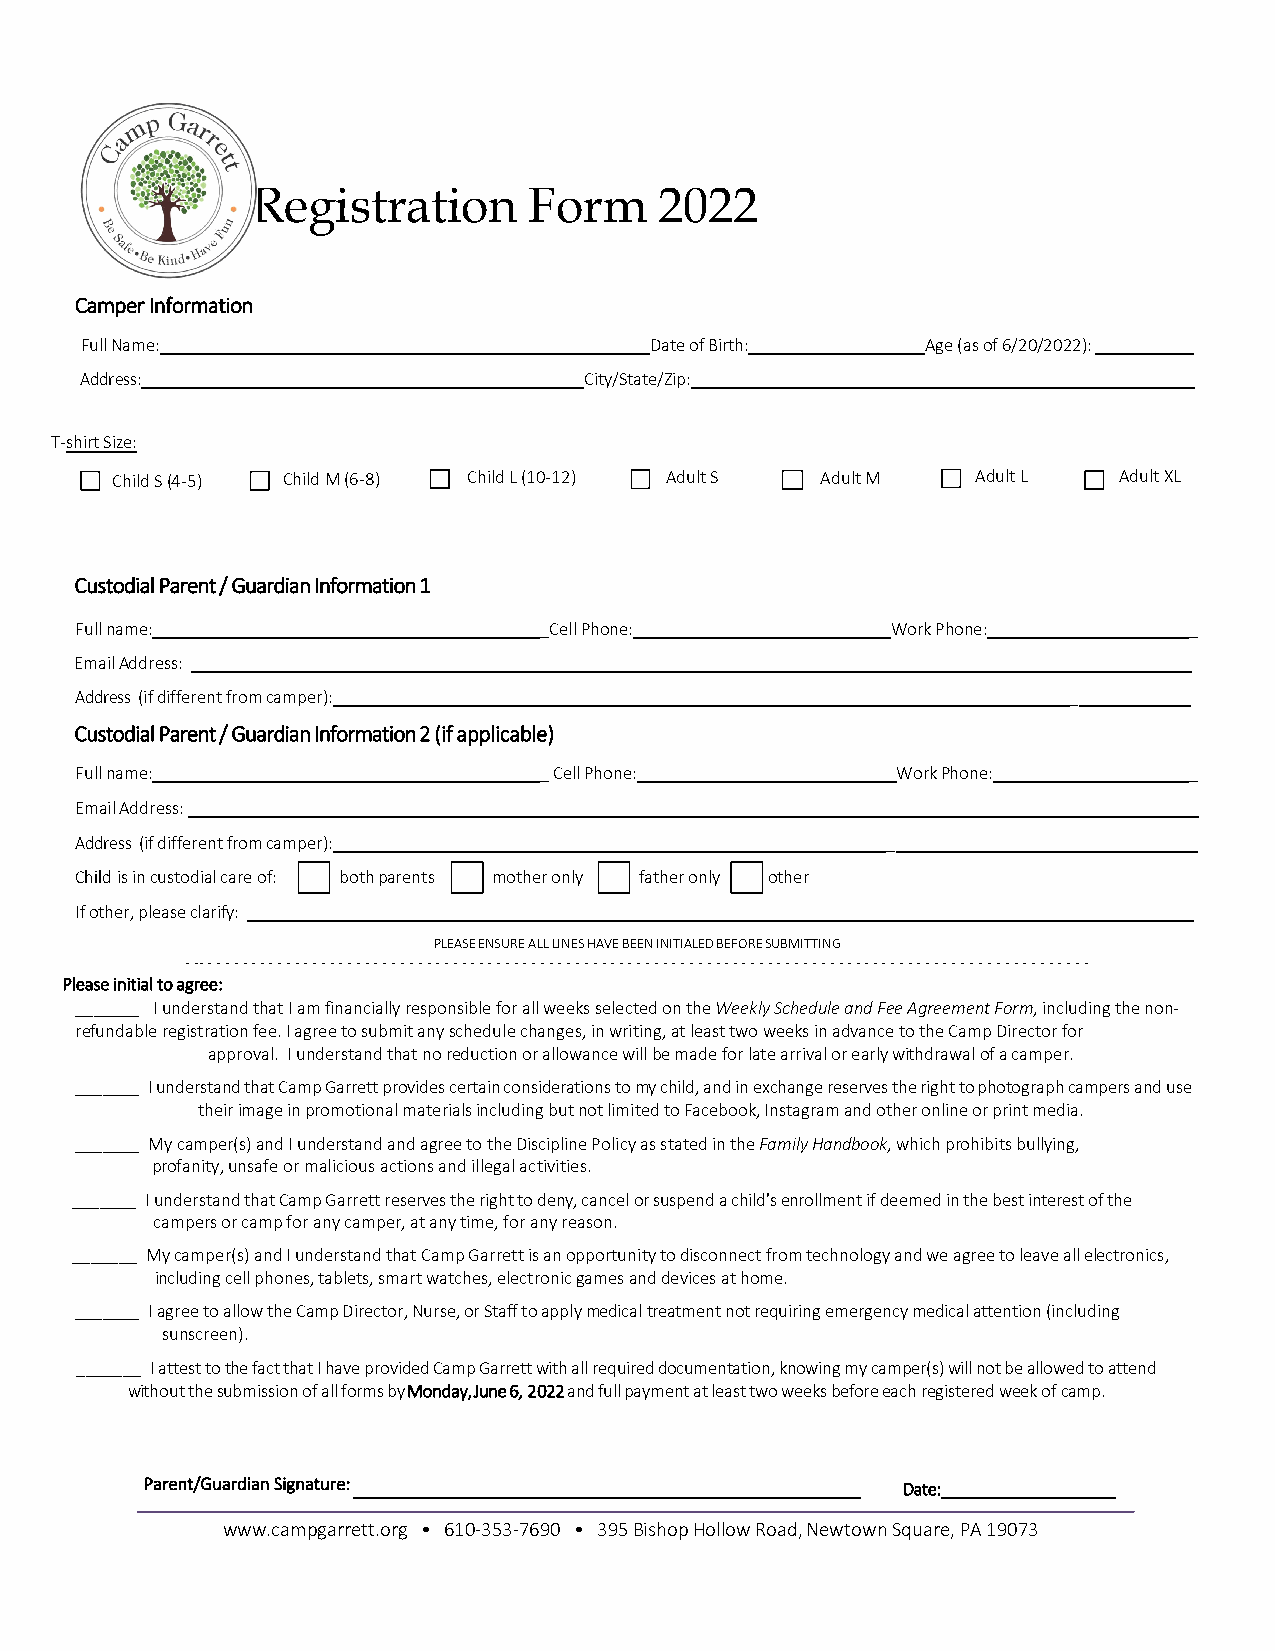
Registration      Form     2022
 Camper Information
 Full Name:                            Date of Birth:    Age (as of 6/20/2022):
 Address:                          City/State/Zip:
 T-shirt Size:
 Child S (4-5) Child M (6-8) Child L (10-12) Adult S Adult M Adult L Adult XL
 Custodial Parent / Guardian Information 1
 Full name:                     _Cell Phone:           Work Phone:         _
 Email Address:
 Address (if different from camper):                               _
 Custodial Parent / Guardian Information 2 (if applicable)
 Full name:                     _ Cell Phone: _        Work Phone:         _
 Email Address:
 Address (if different from camper):                   _
 Child is in custodial care of: both parents mother only father only other
 If other, please clarify:
 PLEASE ENSURE ALL LINES HAVE BEEN INITIALED BEFORE SUBMITTING
 - -- - - - - - - - - - - - - - - - - - - - - - - - - - - - - - - - - - - - - - - - - - - - - - - - - - - - - - - - - - - - - - - - - - - - - - - - - - - - - - - - - - - - - - - - - - - - - - - - - - - - - -
 Please initial to agree:
 _______ I understand that I am financially responsible for all weeks selected on the Weekly Schedule and Fee Agreement Form, including the non-
 refundable registration fee. I agree to submit any schedule changes, in writing, at least two weeks in advance to the Camp Director for
 approval. I understand that no reduction or allowance will be made for late arrival or early withdrawal of a camper.
 _______ I understand that Camp Garrett provides certain considerations to my child, and in exchange reserves the right to photograph campers and use
 their image in promotional materials including but not limited to Facebook, Instagram and other online or print media.
 _______ My camper(s) and I understand and agree to the Discipline Policy as stated in the Family Handbook, which prohibits bullying,
 profanity, unsafe or malicious actions and illegal activities.
 _______ I understand that Camp Garrett reserves the right to deny, cancel or suspend a child's enrollment if deemed in the best interest of the
 campers or camp for any camper, at any time, for any reason.
 _______ My camper(s) and I understand that Camp Garrett is an opportunity to disconnect from technology and we agree to leave all electronics,
 including cell phones, tablets, smart watches, electronic games and devices at home.
 _______ I agree to allow the Camp Director, Nurse, or Staff to apply medical treatment not requiring emergency medical attention (including
 sunscreen).
 _______ I attest to the fact that I have provided Camp Garrett with all required documentation, knowing my camper(s) will not be allowed to attend
 without the submission of all forms by Monday, June 6, 2 022 and full payment at least two weeks before each registered week of camp.
 Parent/Guardian Signature:                    _   Date:        _
 www.campgarrett.org • 610-353-7690 • 395 Bishop Hollow Road, Newtown Square, PA 19073